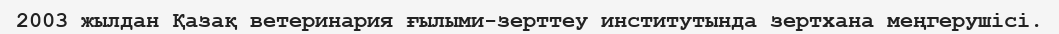
2003 жылдан Қазақ ветеринария ғылыми-зерттеу институтында зертхана меңгерушісі.